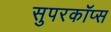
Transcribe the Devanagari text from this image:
सुपरकॉप्स